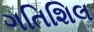
ગતિશિલ